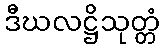
ဒီဃလဋ္ဌိသုတ္တံ